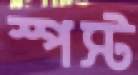
স্পস্ট